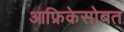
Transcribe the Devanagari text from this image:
आफ्रिकेसोबत